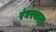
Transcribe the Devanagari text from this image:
रंघरवाला